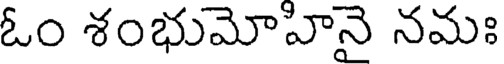
ఓం శంభుమోహినై నమః